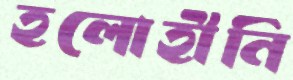
হলোহীনি